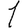
Digit: 1